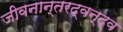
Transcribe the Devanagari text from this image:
जीवनान्तरद्वन्द्व